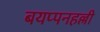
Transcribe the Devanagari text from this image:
बयप्पनहल्ली